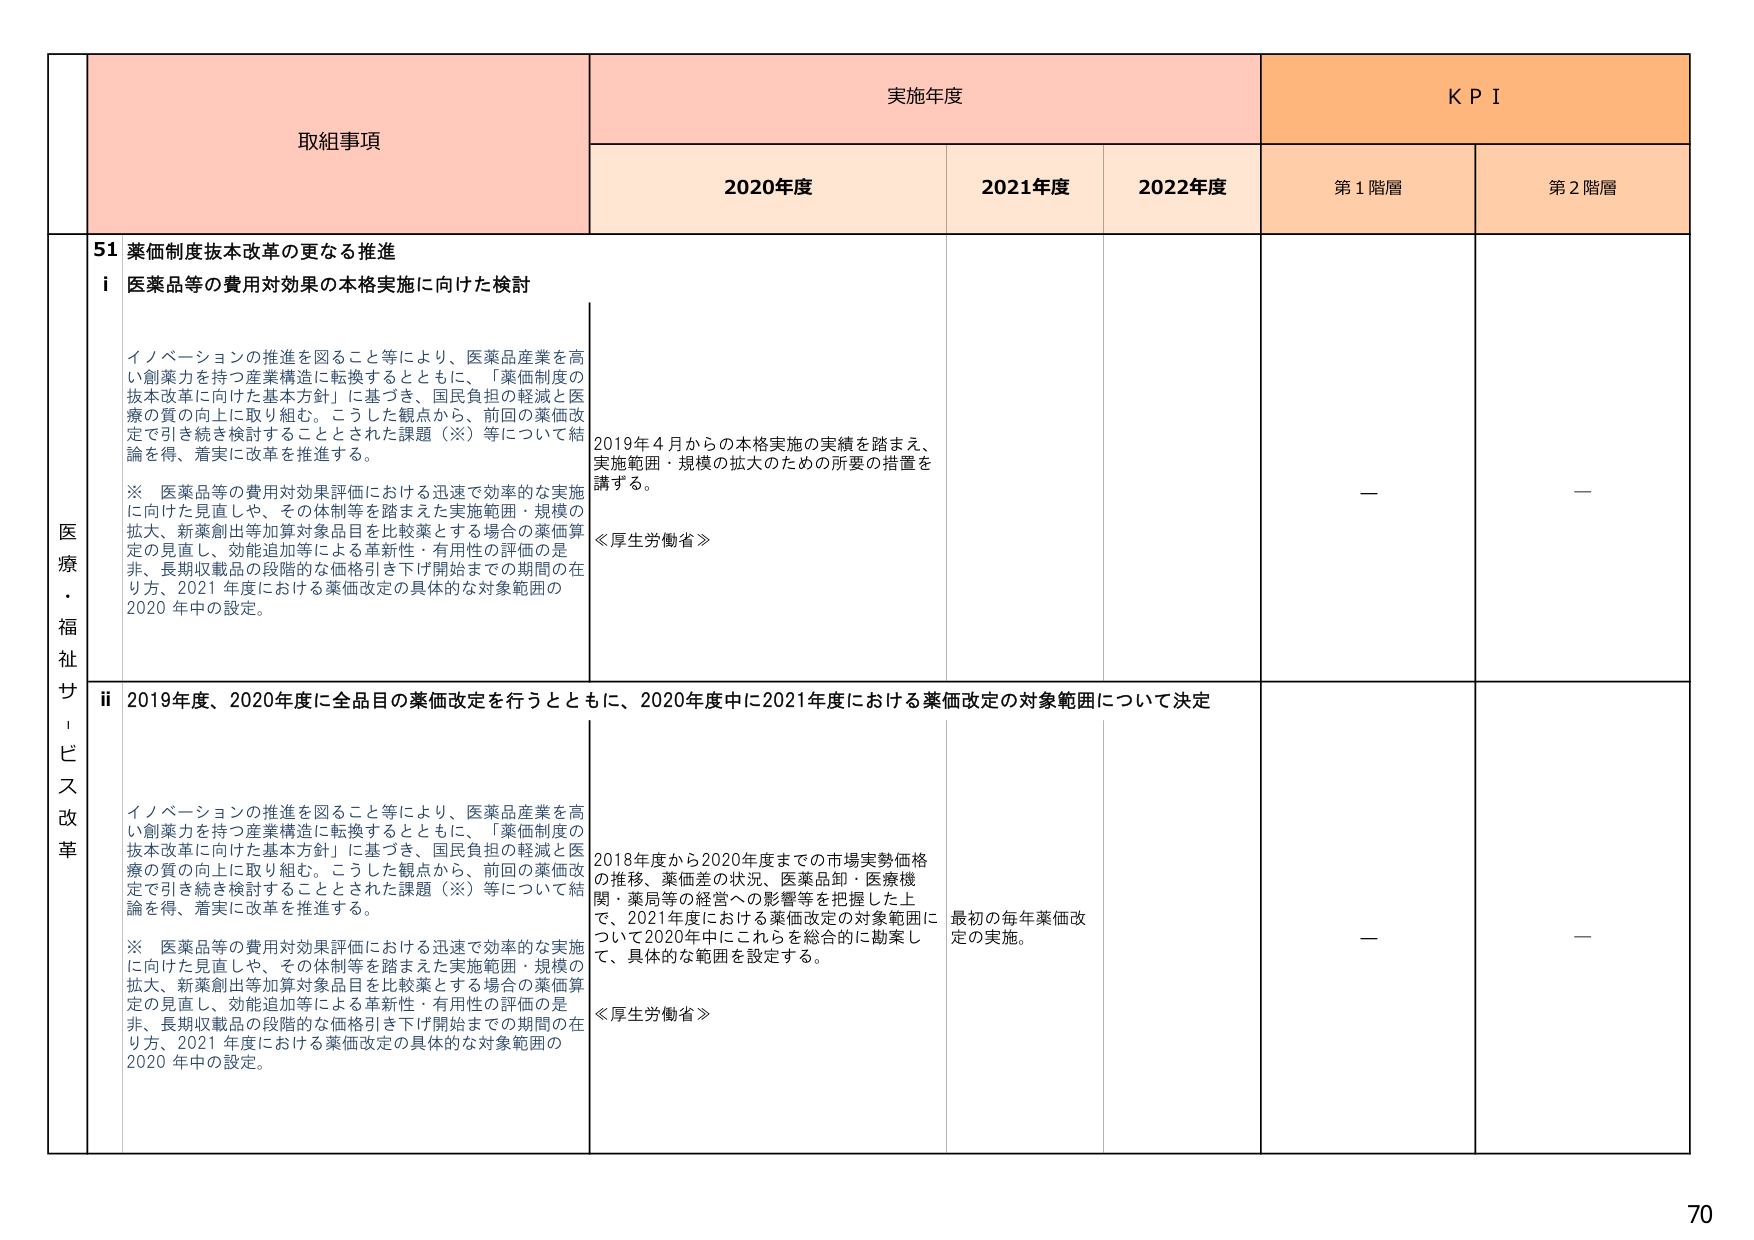
取組事項
実施年度
KPI
2020年度
2021年度
2022年度
第1階層
第2階層
医療・福祉サービス改革
51 薬価制度抜本改革の更なる推進
i 医薬品等の費用対効果の本格実施に向けた検討
イノベーションの推進を図ること等により、医薬品産業を高い創薬力を持つ産業構造に転換するとともに、「薬価制度の抜本改革に向けた基本方針」に基づき、国民負担の軽減と医療の質の向上に取り組む。こうした観点から、前回の薬価改定で引き続き検討することとされた課題（※）等について結論を得、着実に改革を推進する。
※ 医薬品等の費用対効果評価における迅速で効率的な実施に向けた見直しや、その体制等を踏まえた実施範囲・規模の拡大、新薬創出等加算対象品目を比較薬とする場合の薬価算定の見直し、効能追加等による革新性・有用性の評価の是非、長期収載品の段階的な価格引き下げ開始までの期間の在り方、2021年度における薬価改定の具体的な対象範囲の2020年中の設定。
2019年4月からの本格実施の実績を踏まえ、実施範囲・規模の拡大のための所要の措置を講ずる。
≪厚生労働省≫
－
－
ii 2019年度、2020年度に全品目の薬価改定を行うとともに、2020年度中に2021年度における薬価改定の対象範囲について決定
イノベーションの推進を図ること等により、医薬品産業を高い創薬力を持つ産業構造に転換するとともに、「薬価制度の抜本改革に向けた基本方針」に基づき、国民負担の軽減と医療の質の向上に取り組む。こうした観点から、前回の薬価改定で引き続き検討することとされた課題（※）等について結論を得、着実に改革を推進する。
※ 医薬品等の費用対効果評価における迅速で効率的な実施に向けた見直しや、その体制等を踏まえた実施範囲・規模の拡大、新薬創出等加算対象品目を比較薬とする場合の薬価算定の見直し、効能追加等による革新性・有用性の評価の是非、長期収載品の段階的な価格引き下げ開始までの期間の在り方、2021年度における薬価改定の具体的な対象範囲の2020年中の設定。
2018年度から2020年度までの市場実勢価格の推移、薬価差の状況、医薬品卸・医療機関・薬局等の経営への影響等を把握した上で、2021年度における薬価改定の対象範囲について2020年中にこれらを総合的に勘案して、具体的な範囲を設定する。
≪厚生労働省≫
最初の毎年薬価改定の実施。
－
－
70